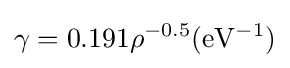
\gamma =0.191\rho ^{-0.5}(\mathrm {eV^{-1}} )